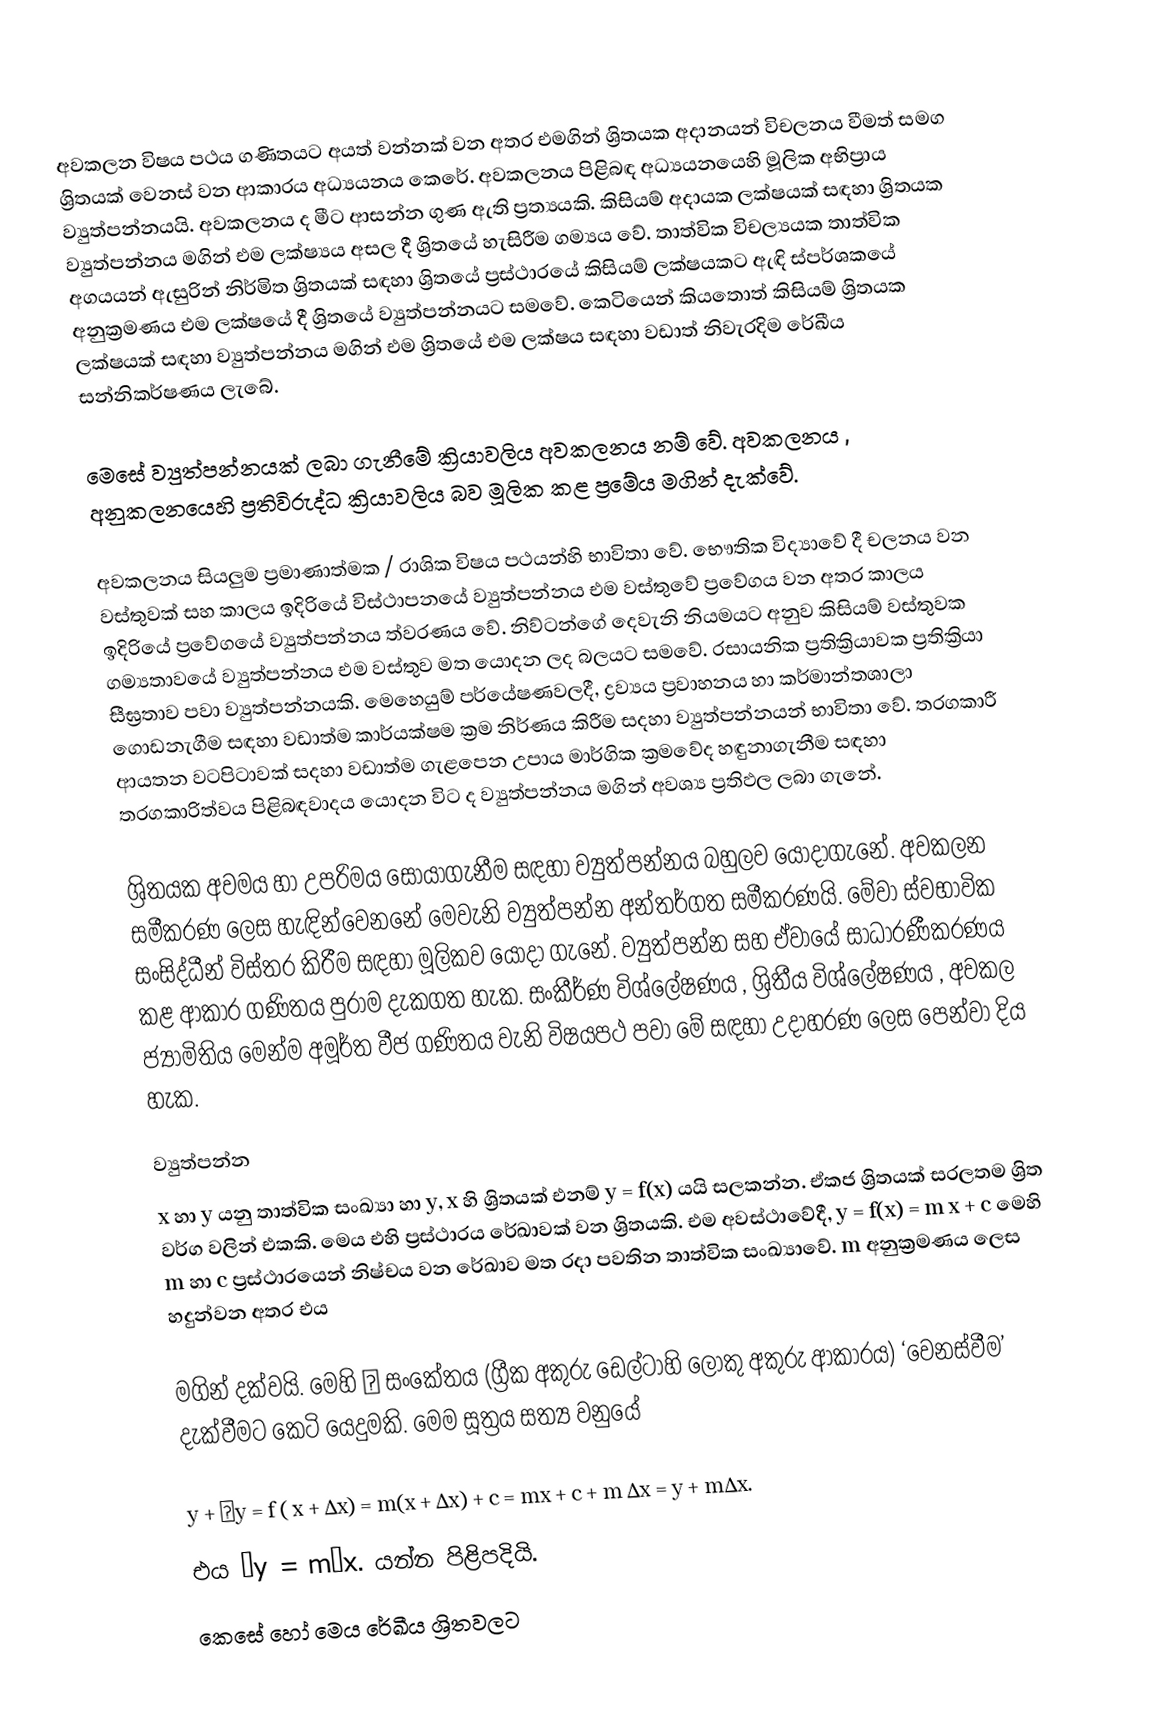
අවකලන විෂය පථය ගණිතයට අයත් වන්නක් වන අතර එමගින් ශ්‍රිතයක අදානයන් විචලනය වීමත් සමග ශ්‍රිතයක් වෙනස් වන ආකාරය අධ්‍යයනය කෙරේ. අවකලනය පිළිබඳ අධ්‍යයනයෙහි මූලික අභිප්‍රාය ව්‍යුත්පන්නයයි. අවකලනය ද මීට ආසන්න ගුණ ඇති ප්‍රත්‍යයකි. කිසියම් අදායක ලක්ෂයක් සඳහා ශ්‍රිතයක ව්‍යුත්පන්නය මගින් එම ලක්ෂ්‍යය අසල දී ශ්‍රිතයේ හැසිරීම ගම්‍යය වේ. තාත්වික විචල්‍යයක තාත්වික අගයයන් ඇසුරින් නිර්මිත ශ්‍රිතයක් සඳහා ශ්‍රිතයේ ප්‍රස්ථාරයේ කිසියම් ලක්ෂයකට ඇඳි ස්පර්ශකයේ අනුක්‍රමණය එම ලක්ෂයේ දී ශ්‍රිතයේ ව්‍යුත්පන්නයට සමවේ. කෙටියෙන් කියතොත් කිසියම් ශ්‍රිතයක ලක්ෂයක් සඳහා ව්‍යුත්පන්නය මගින්  එම ශ්‍රිතයේ එම ලක්ෂය සඳහා වඩාත් නිවැරදිම රේඛීය සන්නිකර්ෂණය ලැබේ.

මෙසේ ව්‍යුත්පන්නයක් ලබා ගැනීමේ ක්‍රියාවලිය අවකලනය නම් වේ. අවකලනය , අනුකලනයෙහි ප්‍රතිවිරුද්ධ ක්‍රියාවලිය බව මූලික කළ ප්‍රමේය මගින් දැක්වේ.

අවකලනය සියලුම ප්‍රමාණාත්මක / රාශික විෂය පථයන්හි භාවිතා වේ. භෞතික විද්‍යාවේ දී චලනය වන වස්තුවක් සහ කාලය ඉදිරියේ විස්ථාපනයේ ව්‍යුත්පන්නය එම වස්තුවේ ප්‍රවේගය වන අතර කාලය ඉදිරියේ ප්‍රවේගයේ ව්‍යුත්පන්නය ත්වරණය වේ. නිව්ටන්ගේ දෙවැනි නියමයට අනුව කිසියම් වස්තුවක ගම්‍යතාවයේ ව්‍යුත්පන්නය එම වස්තුව මත යොදන ලද බලයට සමවේ. රසායනික ප්‍රතික්‍රියාවක ප්‍රතික්‍රියා සීඝ්‍රතාව පවා ව්‍යුත්පන්නයකි. මෙහෙයුම් පර්යේෂණවලදී, ද්‍රව්‍යය ප්‍රවාහනය හා කර්මාන්තශාලා ගොඩනැගීම සඳහා වඩාත්ම කාර්යක්ෂම ක්‍රම නිර්ණය කිරීම සදහා ව්‍යුත්පන්නයන් භාවිතා වේ. තරගකාරී ආයතන වටපිටාවක් සදහා වඩාත්ම ගැ‍ළපෙන උපාය මාර්ගික ක්‍රමවේද හඳුනාගැනීම සඳහා තරගකාරිත්වය පිළිබඳවාදය යොදන විට ද ව්‍යුත්පන්නය මගින් අවශ්‍ය ප්‍රතිඵල ලබා ගැනේ.

ශ්‍රිතයක අවමය හා උපරිමය සොයාගැනීම සඳහා ව්‍යුත්පන්නය බහුලව යොදාගැනේ. අවකලන සමීකරණ ලෙස හැඳින්වෙනනේ මෙවැනි ව්‍යුත්පන්න අන්තර්ගත සමීකරණයි. මේවා ස්වභාවික සංසිද්ධීන් විස්තර කිරීම සඳහා මූලිකව යොදා ගැනේ. ව්‍යුත්පන්න සහ ඒවායේ සාධාරණීකරණය කළ ආකාර ගණිතය පුරාම දැකගත හැක. සංකීර්ණ විශ්ලේෂණය , ශ්‍රිත‍ීය විශ්ලේෂණය , අවකල ජ්‍යාමිතිය මෙන්ම අමූර්ත වීජ ගණිතය වැනි විෂයපථ පවා මේ සඳහා උදාහරණ ලෙස පෙන්වා දිය හැක.

ව්‍යුත්පන්න
x හා y  යනු තාත්වික සංඛ්‍යා හා y, x හි ශ්‍රිතයක් එනම් y = f(x) යයි සලකන්න. ඒකජ ශ්‍රිතයක් සරලතම ශ්‍රිත වර්ග වලින් එකකි. මෙය එහි ප්‍රස්ථාරය රේඛාවක් වන ශ්‍රිතයකි. එම අවස්ථාවේදී, y = f(x) = m x + c මෙහි  m හා c ප්‍රස්ථාරයෙන් නිෂ්චය වන රේඛාව මත රදා පවතින තාත්වික සංඛ්‍යාවේ. m අනුක්‍රමණය ලෙස හදුන්වන අතර එය

මගින් දක්වයි. මෙහි Δ සංකේතය (ග්‍රීක අකුරු ඩෙල්ටාහි ලොකු අකුරු ආකාරය) ‘වෙනස්වීම’ දැක්වීමට කෙටි යෙදුමකි. මෙම සූත්‍රය සත්‍ය වනුයේ

y + Δy = f ( x + ∆x) = m(x + ∆x) + c = mx + c + m ∆x = y + m∆x.
එය Δy  =  mΔx. යන්න පිළිපදියි.
කෙසේ හෝ මෙය රේඛීය ශ්‍රිතවලට